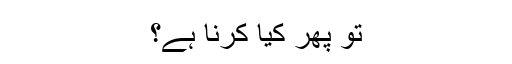
تو پھر کیا کرنا ہے؟